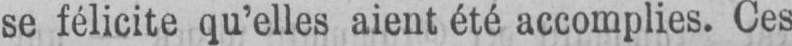
se félicite qu’elles aient été accomplies. Ces